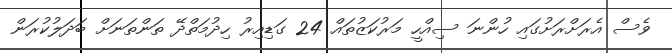
ވެސް އެރަށްރަށުގައި ހުންނަ ސިއްހީ މަރުކަޒުތައް 24 ގަޑިއިރު ހިދުމަތްދޭ ތަންތަނަށް ބަދަލުކުރަން